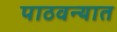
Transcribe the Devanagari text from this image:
पाठवन्यात